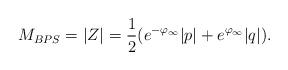
LaTeX: \begin{align*}M_{BPS}=|Z|={1\over 2}(e^{-\varphi_{\infty}}|p|+e^{\varphi_{\infty}}|q|). \end{align*}